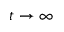
t \to \infty